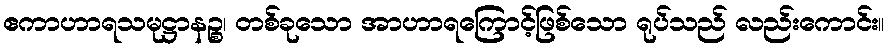
ဧကာဟာရသမုဋ္ဌာနဉ္စ၊ တစ်ခုသော အာဟာရကြောင့်ဖြစ်သော ရုပ်သည် လည်းကောင်း။